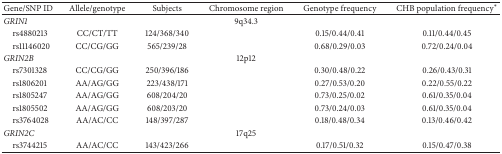
<table><thead><tr><td><b>Gene/SNP ID</b></td><td><b>Allele/genotype</b></td><td><b>Subjects</b></td><td><b>Chromosome region</b></td><td><b>Genotype frequency</b></td><td><b>CHB population frequency<sup><i>∗</i></sup></b></td></tr></thead><tbody><tr><td><i>GRIN1 </i></td><td> </td><td> </td><td>9q34.3</td><td> </td><td> </td></tr><tr><td> rs4880213</td><td>CC/CT/TT</td><td>124/368/340</td><td> </td><td>0.15/0.44/0.41</td><td>0.11/0.44/0.45</td></tr><tr><td> rs11146020</td><td>CC/CG/GG</td><td>565/239/28</td><td> </td><td>0.68/0.29/0.03</td><td>0.72/0.24/0.04</td></tr><tr><td><i>GRIN2B </i></td><td> </td><td> </td><td>12p12</td><td> </td><td> </td></tr><tr><td> rs7301328</td><td>CC/CG/GG</td><td>250/396/186</td><td> </td><td>0.30/0.48/0.22</td><td>0.26/0.43/0.31</td></tr><tr><td> rs1806201</td><td>AA/AG/GG</td><td>223/438/171</td><td> </td><td>0.27/0.53/0.20</td><td>0.22/0.55/0.22</td></tr><tr><td> rs1805247</td><td>AA/AG/GG</td><td>608/204/20</td><td> </td><td>0.73/0.25/0.02</td><td>0.61/0.35/0.04</td></tr><tr><td> rs1805502</td><td>AA/AG/GG</td><td>608/203/20</td><td> </td><td>0.73/0.24/0.03</td><td>0.61/0.35/0.04</td></tr><tr><td> rs3764028</td><td>AA/AC/CC</td><td>148/397/287</td><td> </td><td>0.18/0.48/0.34</td><td>0.13/0.46/0.42</td></tr><tr><td><i>GRIN2C </i></td><td> </td><td> </td><td>17q25</td><td> </td><td> </td></tr><tr><td> rs3744215</td><td>AA/AC/CC</td><td>143/423/266</td><td> </td><td>0.17/0.51/0.32</td><td>0.15/0.47/0.38</td></tr></tbody></table>